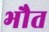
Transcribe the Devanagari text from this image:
भौत